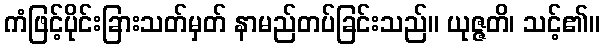
ကံဖြင့်ပိုင်းခြားသတ်မှတ် နာမည်တပ်ခြင်းသည်။ ယုဇ္ဇတိ၊ သင့်၏။